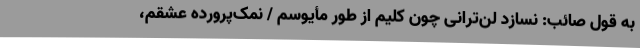
به قول صائب: نسازد لن‌ترانی چون کلیم از طور مأیوسم / نمک‌پرورده عشقم،